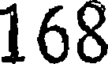
168